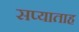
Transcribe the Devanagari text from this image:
सप्याताह